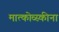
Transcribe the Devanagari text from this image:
मात्कोव्स्कीना